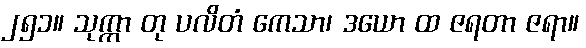
၂၅၁။ သုက္ကာ တု ပလိတံ ကေသာ၊ ဒယော ထ ဇရတာ ဇရာ။